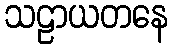
သဠာယတနေ